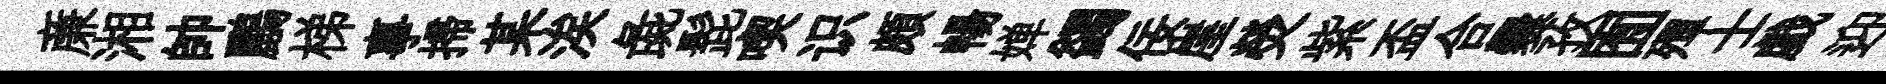
亷湘帥鸝梯事掃某涘彘髭喫识頗暢婵蠲佞崖熒紫盃合爨孜囿殫士戯迎